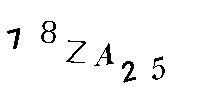
78ZA25